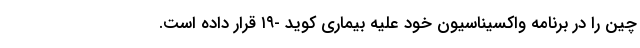
چین را در برنامه واکسیناسیون خود علیه بیماری کوید -۱۹ قرار داده است.